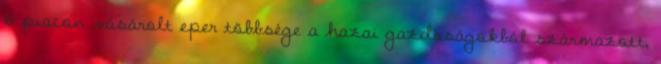
6 piacon vásárolt eper többsége a hazai gazdaságokból származott,